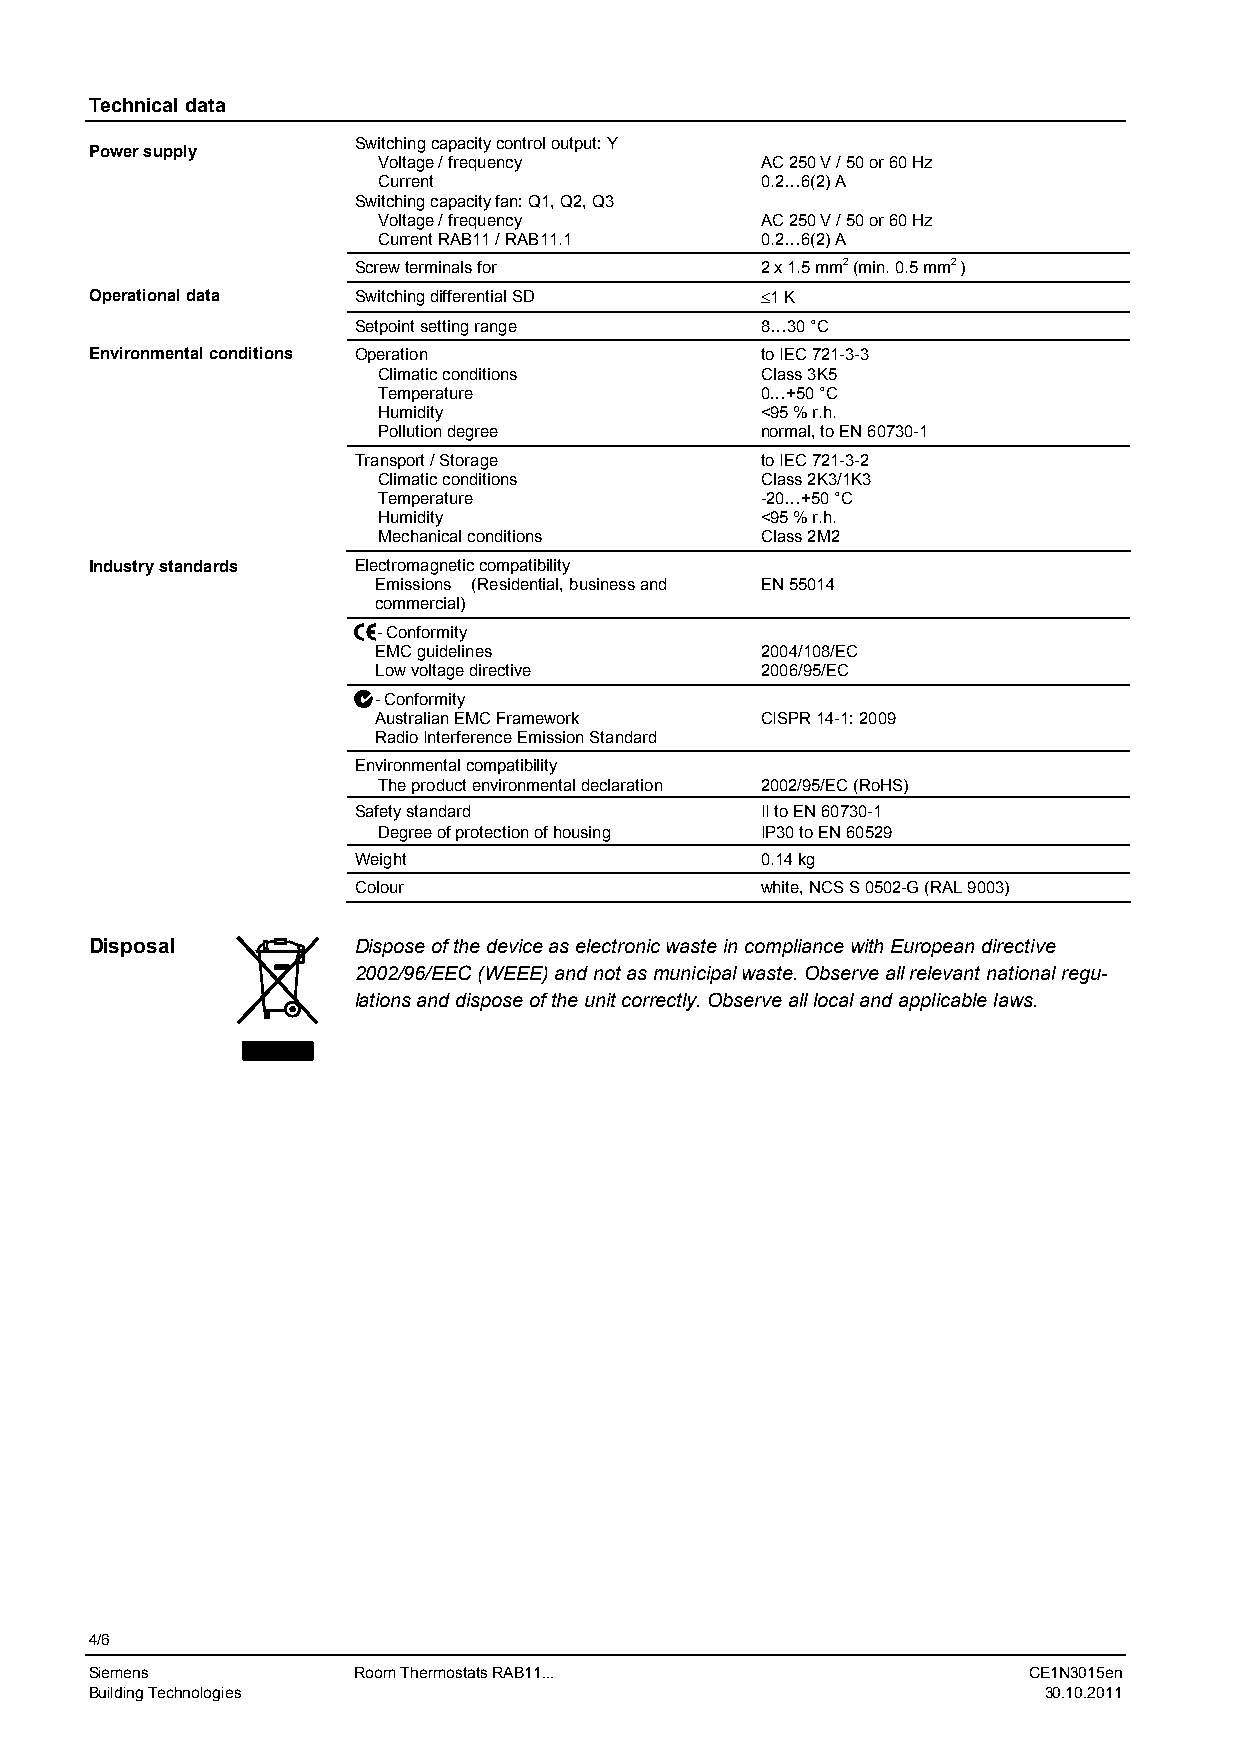
Technical data
 Switching capacity control output: Y
 Power supply
 Voltage / frequency      AC 250 V / 50 or 60 Hz
 Current                  0.2…6(2) A
 Switching capacity fan: Q1, Q2, Q3
 Voltage / frequency      AC 250 V / 50 or 60 Hz
 Current RAB11 / RAB11.1  0.2…6(2) A
 Screw terminals for        2 x 1.5 mm2 (min. 0.5 mm2 )
 Operational data Switching differential SD  1 K
 Setpoint setting range     8…30 °C
 Environmental conditions Operation          to IEC 721-3-3
 Climatic conditions      Class 3K5
 Temperature              0…+50 °C
 Humidity                 <95 % r.h.
 Pollution degree         normal, to EN 60730-1
 Transport / Storage        to IEC 721-3-2
 Climatic conditions      Class 2K3/1K3
 Temperature              -20…+50 °C
 Humidity                 <95 % r.h.
 Mechanical conditions    Class 2M2
 Industry standards Electromagnetic compatibility
 Emissions (Residential, business and EN 55014
 commercial)
 - Conformity
 EMC guidelines           2004/108/EC
 Low voltage directive    2006/95/EC
 - Conformity
 Australian EMC Framework CISPR 14-1: 2009
 Radio Interference Emission Standard
 Environmental compatibility
 The product environmental declaration 2002/95/EC (RoHS)
 Safety standard            II to EN 60730-1
 Degree of protection of housing IP30 to EN 60529
 Weight                     0.14 kg
 Colour                     white, NCS S 0502-G (RAL 9003)
 Disposal         Dispose of the device as electronic waste in compliance with European directive
 2002/96/EEC (WEEE) and not as municipal waste. Observe all relevant national regu-
 lations and dispose of the unit correctly. Observe all local and applicable laws.
 4/6
 Siemens          Room Thermostats RAB11...                    CE1N3015en
 Building Technologies                                          30.10.2011